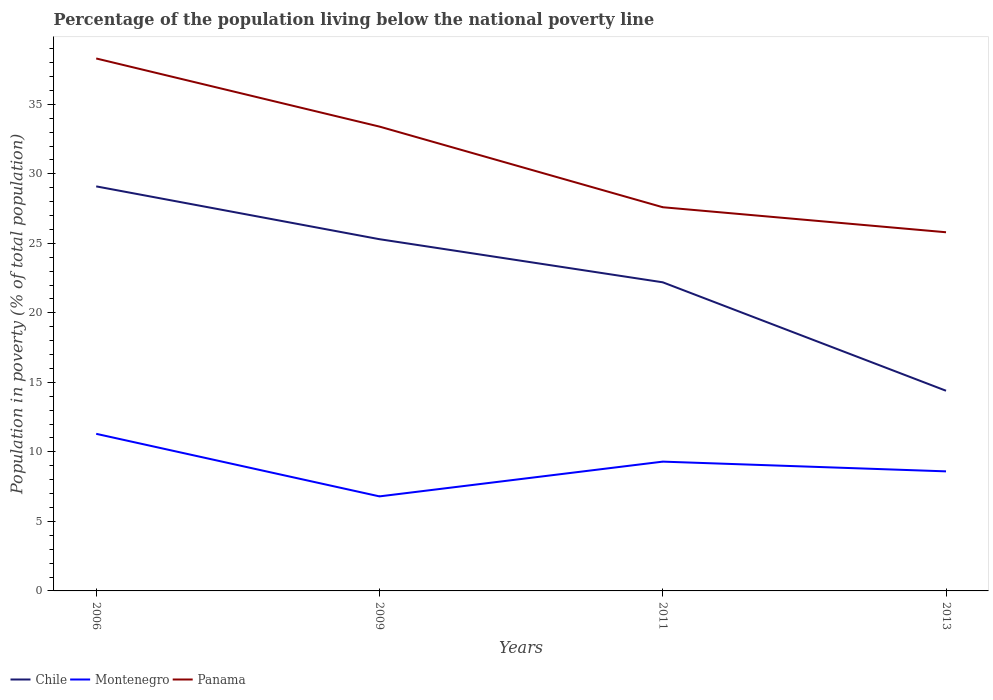
| Years | Chile | Montenegro | Panama |
 | --- | --- | --- | --- |
 | 2006 | 29.1 | 11.3 | 38.3 |
 | 2009 | 25.3 | 6.8 | 33.4 |
 | 2011 | 22.2 | 9.3 | 27.6 |
 | 2013 | 14.4 | 8.6 | 25.8 |